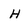
Character: H